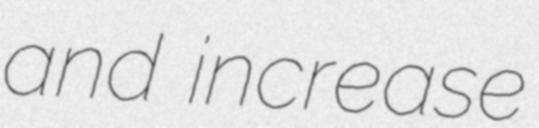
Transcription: and increase